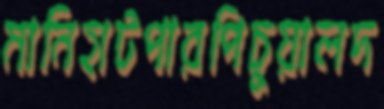
মানিহাটপারপিচুয়ালদ